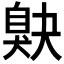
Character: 𦤕